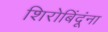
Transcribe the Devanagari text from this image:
शिरोबिंदूंना